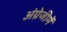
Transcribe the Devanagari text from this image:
अंग्रेजीमें